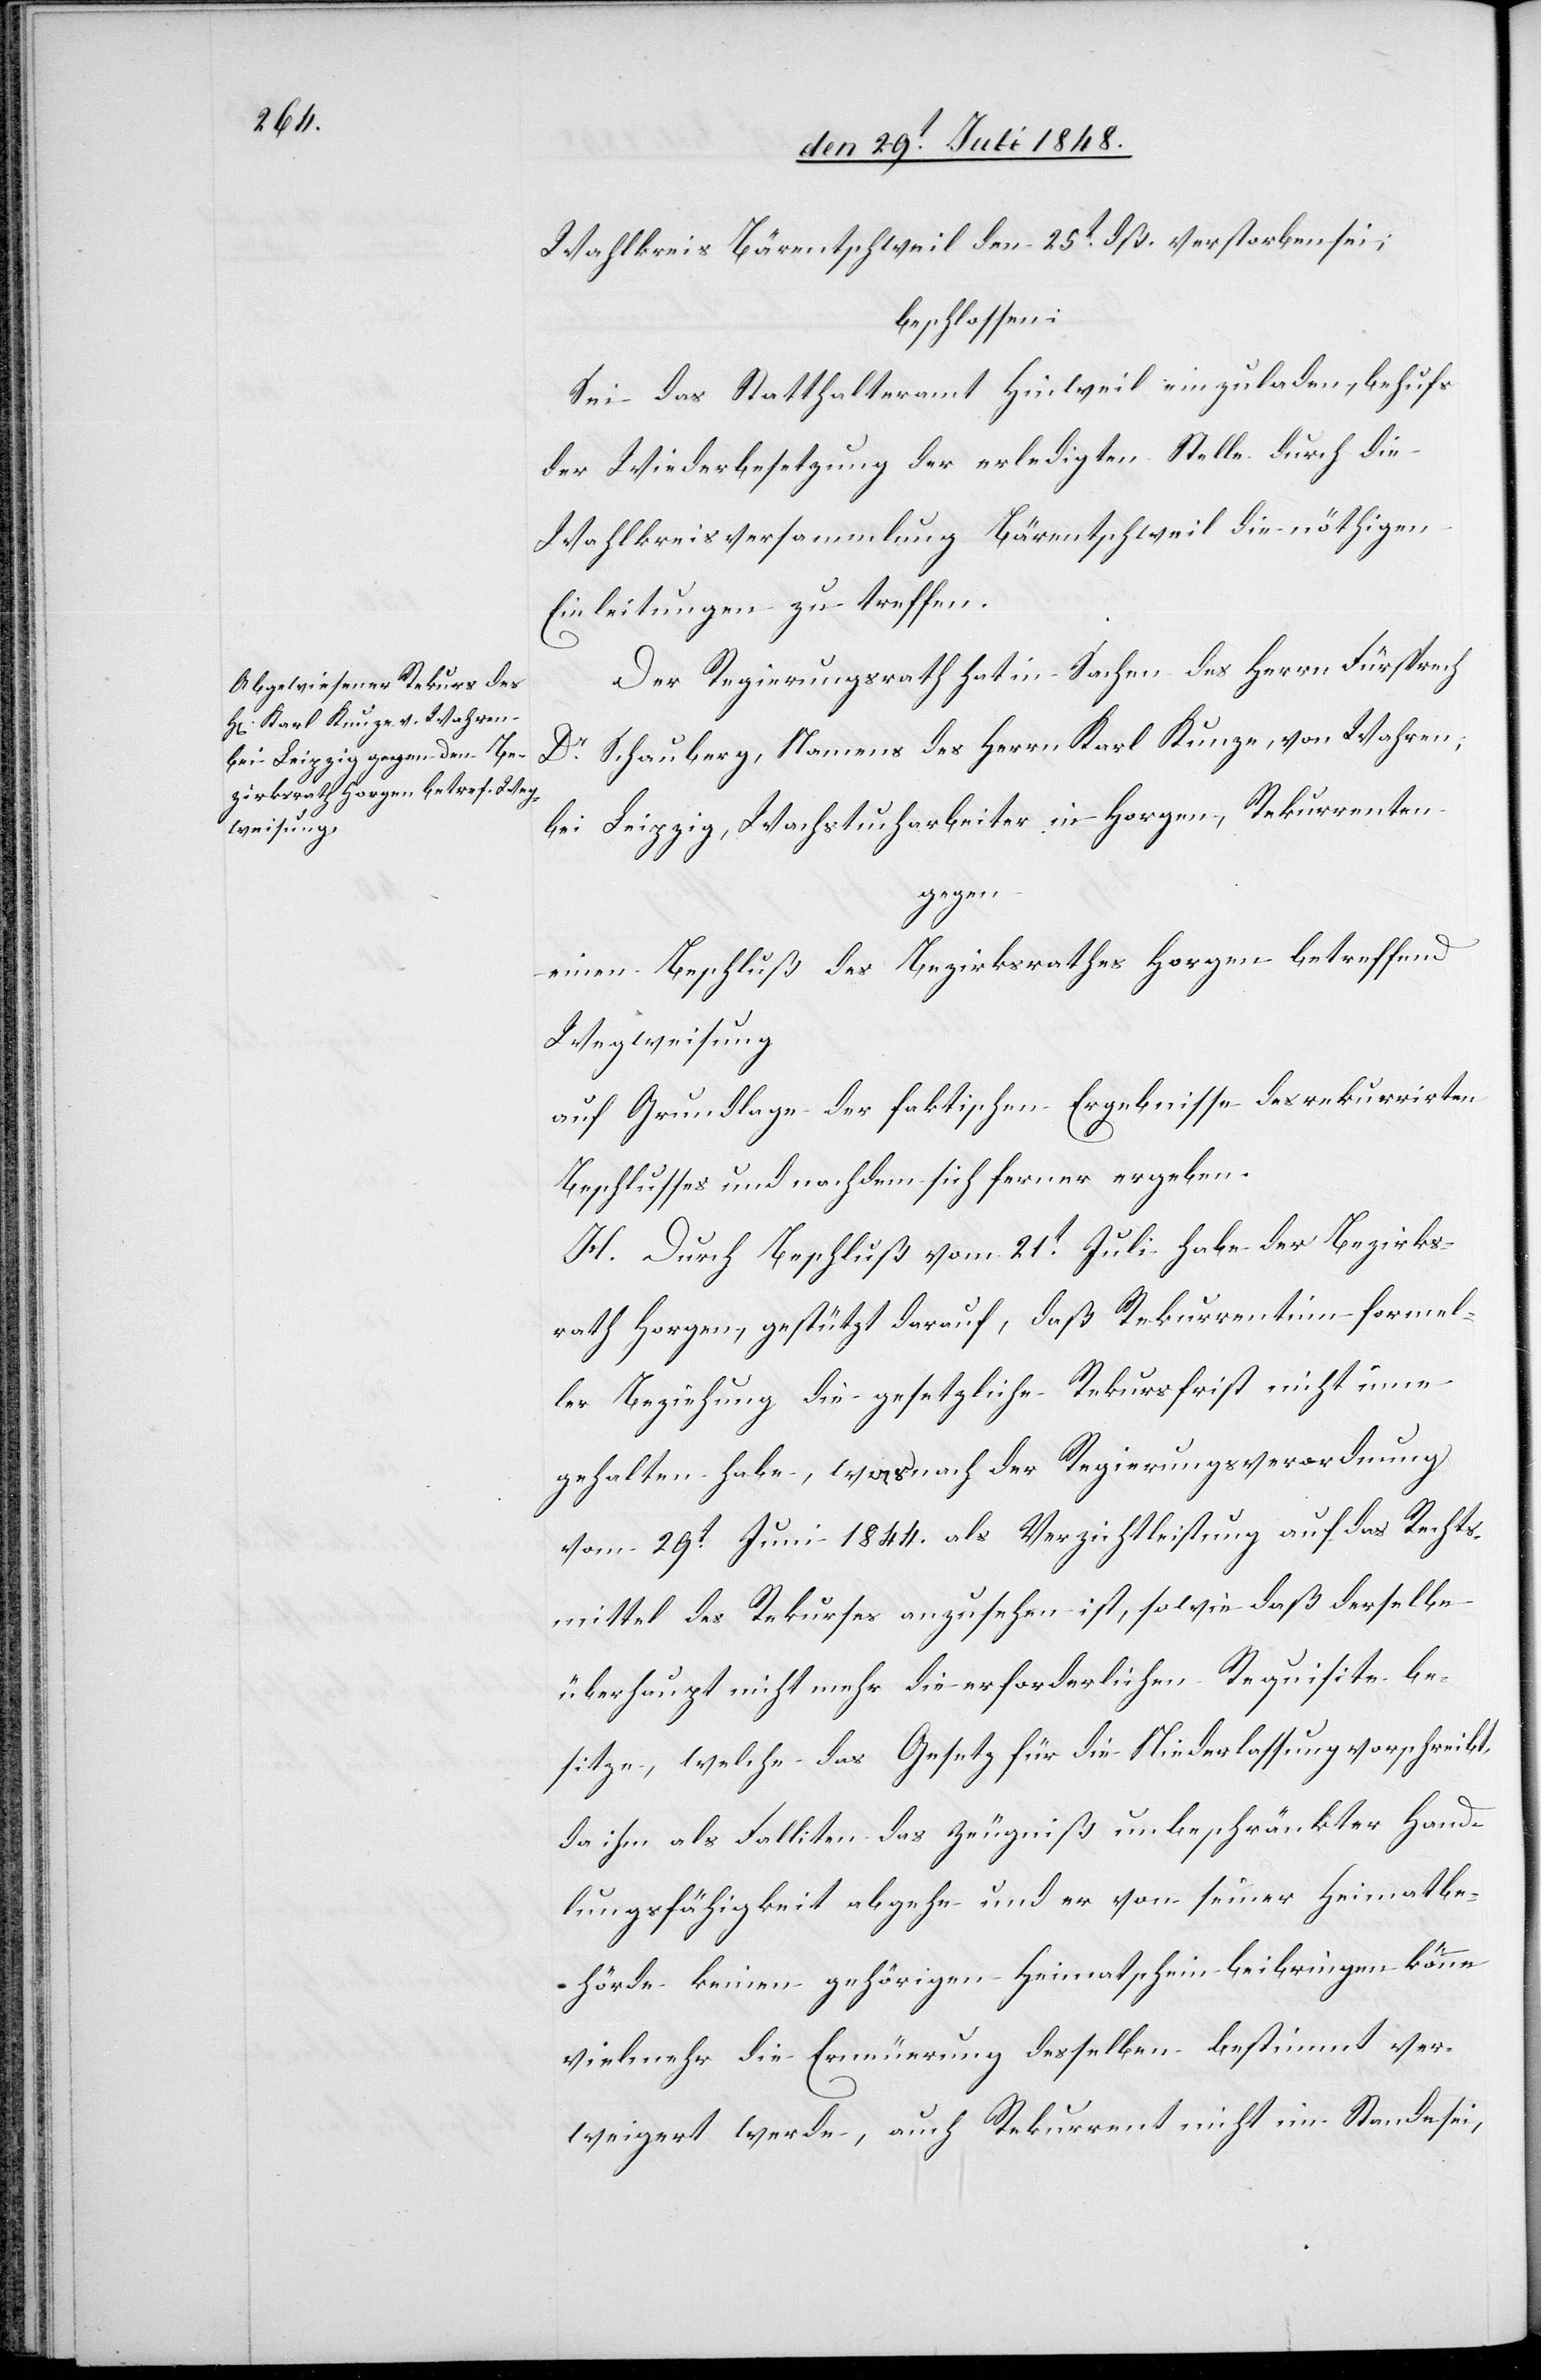
Wahlkreis Bärentschweil den 25t dß. verstorben sei,
beschlossen:
Sei das Statthalteramt Hinweil einzuladen, behufs
der Wiederbesetzung der erledigten Stelle durch die
Wahlkreisversammlung Bärentschweil die nöthigen
Einleitungen zu treffen.
Der Regierungsrath hat in Sachen des Herrn Fürsprech
Dr Schauberg, Namens des Herrn Karl Kunze, von Wahren,
bei Leipzig, Wachstucharbeiter in Horgen, Rekurrenten
gegen
einen Beschluß des Bezirksrathes Horgen betreffend
Wegweisung
auf Grundlage der faktischen Ergebnisse des rekurrirten
Beschlusses und nachdem sich ferner ergeben.
H. Durch Beschluß vom 21t Juli habe der Bezirks¬
rath Horgen, gestützt darauf, daß Rekurrent in formel¬
ler Beziehung die gesetzliche Rekursfrist nicht inne
gehalten habe, was nach der Regierungsverordnung
vom 29t Juni 1844. als Verzichtleistung auf das Rechts¬
mittel des Rekurses anzusehen ist, sowie daß derselbe
überhaupt nicht mehr die erforderlichen Requisite be¬
sitze, welche das Gesetz für die Niederlassung vorschreibt,
da ihm als Falliten das Zeugniß unbeschränkter Hand¬
lungsfähigkeit abgehe und er von seiner Heimatbe¬
hörde keinen gehörigen Heimatschein beibringen könne
vielmehr die Erneuerung desselben bestimmt ver¬
weigert werde, auch Rekurrent nicht im Stande sei,